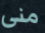
منى